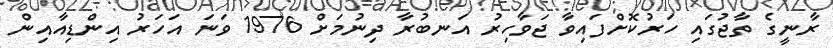
ރާނީގެ ތާޖުގައި ހަރުކޮށްފައިވާ ޖަވާހިރު އަނބުރާ ދިނުމަށް 1976 ވަނަ އަހަރު އިންޑިއާއިން